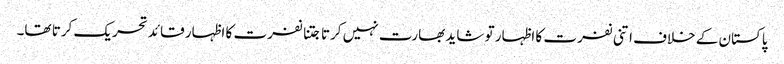
پاکستان کے خلاف اتنی نفرت کا اظہار تو شاید بھارت نہیں کرتا جتنا نفرت کا اظہار قائد تحریک کرتا تھا۔